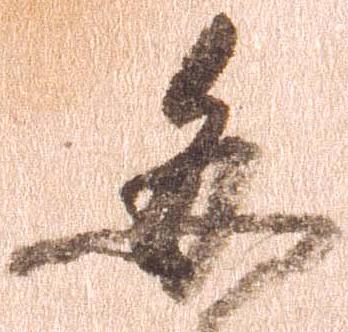
毎